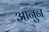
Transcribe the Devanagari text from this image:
आनुन